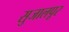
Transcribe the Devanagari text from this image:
सुजालपूर